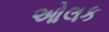
ઓલક